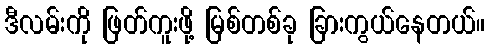
ဒီလမ်းကို ဖြတ်ကူးဖို့ မြစ်တစ်ခု ခြားကွယ်နေတယ်။